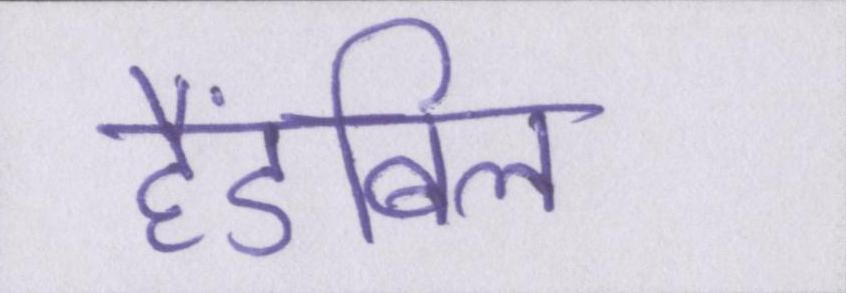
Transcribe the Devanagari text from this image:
हैंडबिल